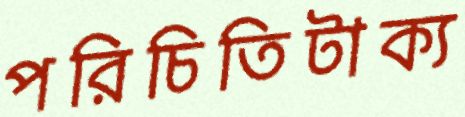
পরিচিতিটাক্য